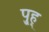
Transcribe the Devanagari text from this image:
पु्ह्